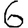
Digit: 6